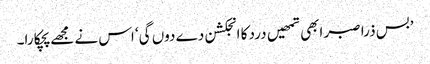
’بس ذرا صبر ابھی تمھیں درد کا انجکشن دے دوں گی‘ اس نے مجھے پچکارا۔